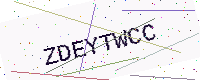
Text: ZDEYTWCC